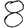
Digit: 8